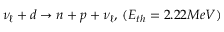
\nu _ { \ell } + d \rightarrow n + p + \nu _ { \ell } , \, ( E _ { t h } = 2 . 2 2 M e V ) \,